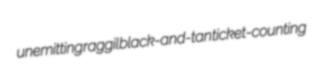
unemitting raggil black-and-tan ticket-counting